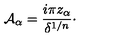
{ \cal A } _ { \alpha } = { \frac { i \pi z _ { \alpha } } { \delta ^ { 1 / n } } } \cdotp